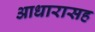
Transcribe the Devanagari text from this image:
आधारासह